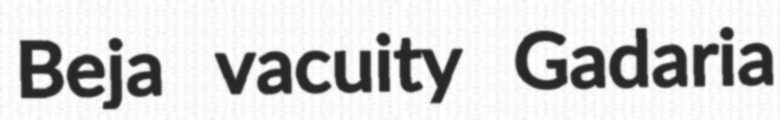
Beja vacuity Gadaria